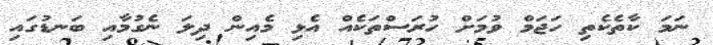
ނަމަ ކާތެކެތި ހަޖަމް ވުމަށް ހުރަސްތަކެއް އެޅިި މެއިން ދިލަ ނެގުމާއި ބަނޑުގައި